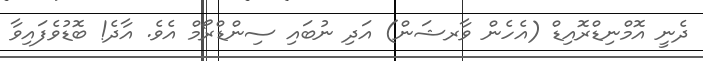
ދެނީ އޮމްނިޑްރޮއިޑް (އެހެން ވާރޝަން) އަދި ނުބައި ސިންޑްރޯމް އެވެ. އާދެ! ބޮޑުވެފައިވާ